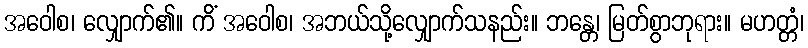
အဝေါစ၊ လျှောက်၏။ ကိံ အဝေါစ၊ အဘယ်သို့လျှောက်သနည်း။ ဘန္တေ၊ မြတ်စွာဘုရား။ မဟတ္တံ၊